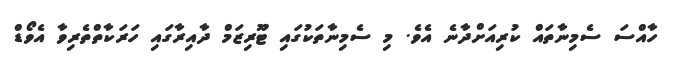
ހާއްސަ ސެމިނާތައް ކުރިއަށްދާނެ އެވެ. މި ސެމިނާތަކުގައި ޓޫރިޒަމް ދާއިރާގައި ހަރަކާތްތެރިވާ އެވޯޑް